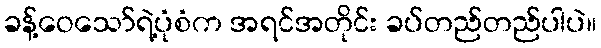
ခန့်ဝေသော်ရဲ့ပုံစံက အရင်အတိုင်း ခပ်တည်တည်ပါပဲ။